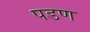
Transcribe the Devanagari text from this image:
पडण